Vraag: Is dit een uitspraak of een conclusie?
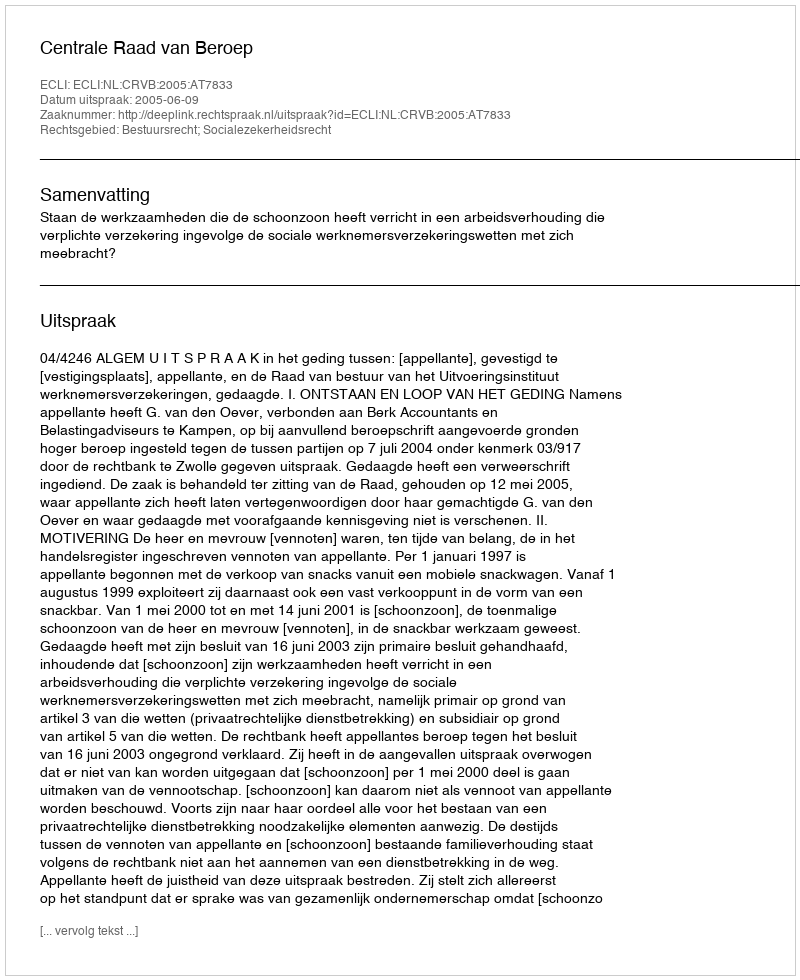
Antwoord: Uitspraak